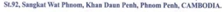
St.92, Sangkat Wat Phnom, Khan Daun Penh, Phnom Penh, CAMBODIA.